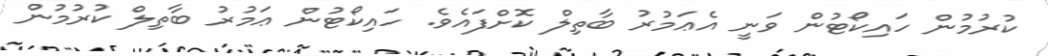
ކުރުމުން ހައިކޯޓުން ވަނީ އެޢަމުރު ބާތިލް ކޮށްފައެވެ. ހައިކޯޓުން ޢަމުރު ބާތިލް ކުރުމުން